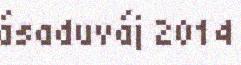
ásaduváj 2014